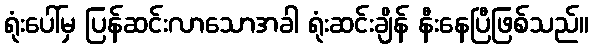
ရုံးပေါ်မှ ပြန်ဆင်းလာသောအခါ ရုံးဆင်းချိန် နီးနေပြီဖြစ်သည်။